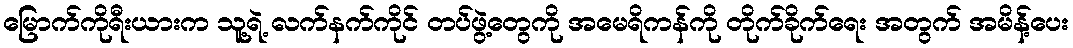
မြောက်ကိုရီးယားက သူ့ရဲ့ လက်နက်ကိုင် တပ်ဖွဲ့တွေကို အမေရိကန်ကို တိုက်ခိုက်ရေး အတွက် အမိန့်ပေး